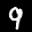
Label: 9